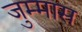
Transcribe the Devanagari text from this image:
जुम्मास